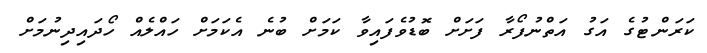
ކަރަންޓުގެ އަގު އަތްނުފޯރާ ފަށަށް ބޮޑުވެފައިވާ ކަމަށް ބުނެ އެކަމަށް ހައްލެއް ހޯދައިދިނުމަށް